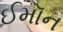
ઈમૉન